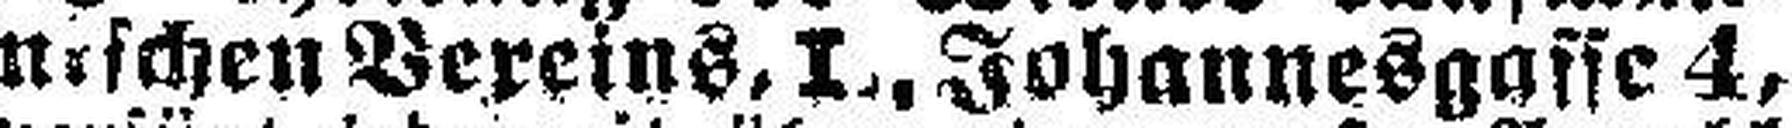
nischen Vereins. I., Johannesgasse 4,